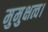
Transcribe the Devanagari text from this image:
मुमुक्षत्व।